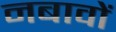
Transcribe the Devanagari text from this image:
नबावों